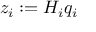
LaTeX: z _ { i } : = H _ { i } q _ { i }